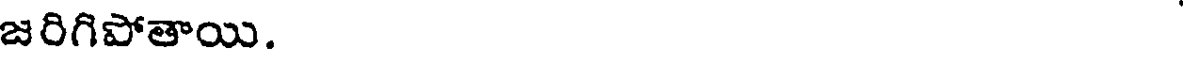
జరిగిపోతాయి.